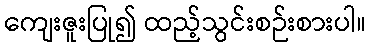
ကျေးဇူးပြု၍ ထည့်သွင်းစဉ်းစားပါ။